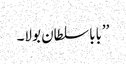
’’بابا سلطان بولا۔